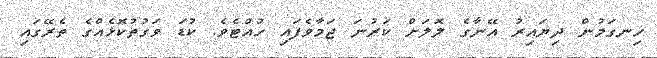
ހިނގަމުން ދިޔައިރު އޭނާގެ ލޮލަށް ކަރުނަ ޖަމާވެފައި ހުއްޓެވެ. ކުޑަ ވަގުތުކޮޅެއްގެ ތެރޭގައި